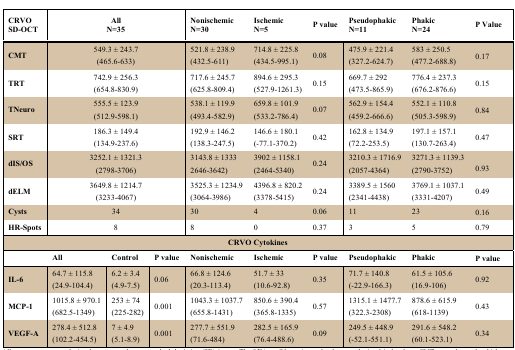
<table><thead><tr><td><b>CRVOSD-OCT</b></td><td colspan="3"><b>AllN=35</b></td><td><b>NonischemicN=30</b></td><td><b>IschemicN=5</b></td><td><b>P value</b></td><td><b>PseudophakicN=11</b></td><td><b>PhakicN=24</b></td><td><b>P Value</b></td></tr></thead><tbody><tr><td><b>CMT</b></td><td colspan="3">549.3 ± 243.7(465.6-633) </td><td>521.8 ± 238.9(432.5-611)</td><td>714.8 ± 225.8(434.5-995.1) </td><td>0.08</td><td>475.9 ± 221.4(327.2-624.7)</td><td>583 ± 250.5(477.2-688.8)</td><td>0.17</td></tr><tr><td><b>TRT</b></td><td colspan="3">742.9 ± 256.3(654.8-830.9)</td><td>717.6 ± 245.7(625.8-809.4)</td><td>894.6 ± 295.3(527.9-1261.3)</td><td>0.15</td><td>669.7 ± 292(473.5-865.9)</td><td>776.4 ± 237.3(676.2-876.6)</td><td>0.15</td></tr><tr><td><b>TNeuro</b></td><td colspan="3">555.5 ± 123.9(512.9-598.1)</td><td>538.1 ± 119.9(493.4-582.9)</td><td>659.8 ± 101.9(533.2-786.4)</td><td>0.07</td><td>562.9 ± 154.4(459.2-666.6)</td><td>552.1 ± 110.8(505.3-598.9)</td><td>0.84</td></tr><tr><td><b>SRT</b></td><td colspan="3">186.3 ± 149.4(134.9-237.6)</td><td>192.9 ± 146.2(138.3-247.5)</td><td>146.6 ± 180.1(-77.1-370.2)</td><td>0.42</td><td>162.8 ± 134.9(72.2-253.5)</td><td>197.1 ± 157.1(130.7-263.4)</td><td>0.47</td></tr><tr><td><b>dIS/OS</b></td><td colspan="3">3252.1 ± 1321.3(2798-3706)</td><td>3143.8 ± 13332646-3642)</td><td>3902 ± 1158.1(2464-5340)</td><td>0.24</td><td>3210.3 ± 1716.9(2057-4364)</td><td>3271.3 ± 1139.3(2790-3752)</td><td>0.93</td></tr><tr><td><b>dELM</b></td><td colspan="3">3649.8 ± 1214.7(3233-4067)</td><td>3525.3 ± 1234.9(3064-3986)</td><td>4396.8 ± 820.2(3378-5415)</td><td>0.24</td><td>3389.5 ± 1560(2341-4438)</td><td>3769.1 ± 1037.1(3331-4207)</td><td>0.49</td></tr><tr><td><b>Cysts</b></td><td colspan="3">34</td><td>30</td><td>4</td><td>0.06</td><td>11</td><td>23</td><td>0.16</td></tr><tr><td><b>HR-Spots</b></td><td colspan="3">8</td><td>8</td><td>0</td><td>0.37</td><td>3</td><td>5</td><td>0.79</td></tr><tr><td colspan="10"><b>CRVO Cytokines</b></td></tr><tr><td></td><td><b>All</b></td><td><b>Control</b></td><td><b>P value</b></td><td><b>Nonischemic</b></td><td><b>Ischemic</b></td><td><b>P value</b></td><td><b>Pseudophakic</b></td><td><b>Phakic</b></td><td><b>P value</b></td></tr><tr><td><b>IL-6</b></td><td>64.7 ± 115.8(24.9-104.4)</td><td>6.2 ± 3.4(4.9-7.5) </td><td>0.06</td><td>66.8 ± 124.6(20.3-113.4)</td><td>51.7 ± 33(10.6-92.8)</td><td>0.35</td><td>71.7 ± 140.8(-22.9-166.3)</td><td>61.5 ± 105.6(16.9-106)</td><td>0.92</td></tr><tr><td><b>MCP-1</b></td><td>1015.8 ± 970.1(682.5-1349)</td><td>253 ± 74(225-282)</td><td>0.001</td><td>1043.3 ± 1037.7(655.8-1431)</td><td>850.6 ± 390.4(365.8-1335)</td><td>0.57</td><td>1315.1 ± 1477.7(322.3-2308)</td><td>878.6 ± 615.9(618-1139)</td><td>0.43</td></tr><tr><td><b>VEGF-A</b></td><td>278.4 ± 512.8(102.2-454.5)</td><td>7 ± 4.9(5.1-8.9)</td><td>0.001</td><td>277.7 ± 551.9(71.6-484)</td><td>282.5 ± 165.9(76.4-488.6)</td><td>0.09</td><td>249.5 ± 448.9(-52.1-551.1)</td><td>291.6 ± 548.2(60.1-523.1)</td><td>0.34</td></tr></tbody></table>